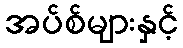
အပ်စ်များနှင့်